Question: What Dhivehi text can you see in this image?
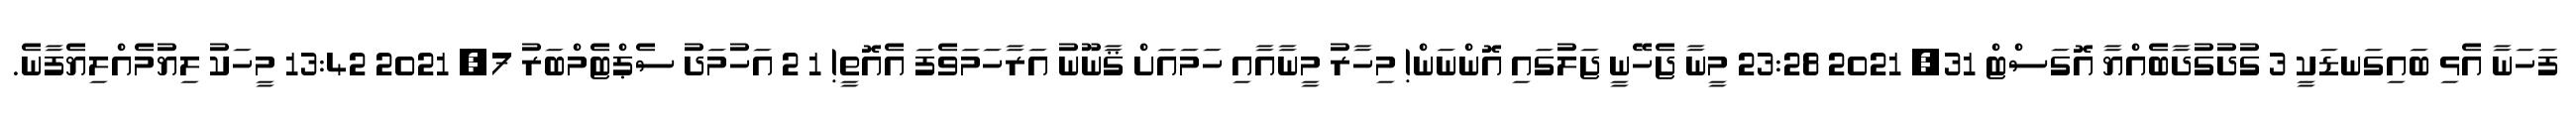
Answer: ފަހަނާ އެޅި ބައިގަނޑަކީ 3 ގުދުގުދާބެއްޔާ އޮގަސްޓް 31, 2021 23:28 މީނާ ޖެހޭނީ ޖަލުގައި އޮންނަން! މިހާރު މީނާއާއި ހަމައަށް ޤާނޫނު އަރާހަމަވެފަ އެއޮތީ! 1 2 އަހުމަދު ސެޕްޓެމްބަރު 7, 2021 13:42 މީހަކު ލިޔުމެއްލިޔެފާނެ.